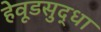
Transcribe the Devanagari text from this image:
हेवूडसुद्धा